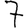
Digit: 7